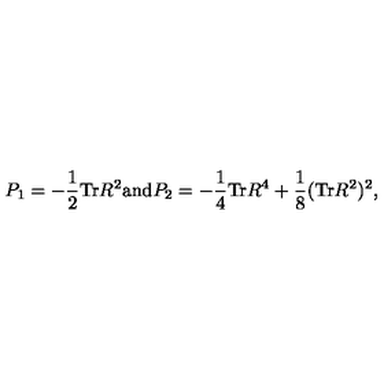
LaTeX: P _ { 1 } = - \frac { 1 } { 2 } \mathrm { T r } R ^ { 2 } \mathrm { a n d } P _ { 2 } = - \frac { 1 } { 4 } \mathrm { T r } R ^ { 4 } + \frac { 1 } { 8 } ( \mathrm { T r } R ^ { 2 } ) ^ { 2 } ,